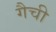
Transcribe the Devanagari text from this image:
गैची